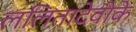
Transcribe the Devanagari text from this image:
ललितादेवीके